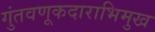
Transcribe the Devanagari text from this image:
गुंतवणूकदाराभिमुख